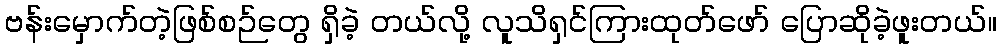
ဗန်းမှောက်တဲ့ဖြစ်စဉ်တွေ ရှိခဲ့ တယ်လို့ လူသိရှင်ကြားထုတ်ဖော် ပြောဆိုခဲ့ဖူးတယ်။